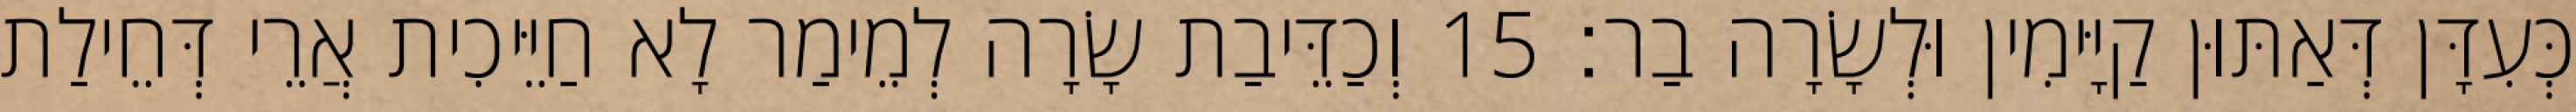
כְּעִדָּן דְּאַתּוּן קַיָּימִין וּלְשָׂרָה בַר׃ 15 וְכַדֵּיבַת שָׂרָה לְמֵימַר לָא חַיֵּיכִית אֲרֵי דְּחֵילַת